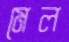
মেল